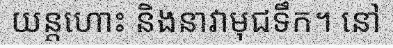
យន្តហោះ និងនាវាមុជទឹក។ នៅ